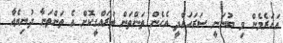
އަހަރެމެން މި ބުނަނީ ސަރަހައްދީ އެހެން ތަންތަން ތަރައްގީކޮށް އެ ތަންތަނާ ދުނިޔެއާ